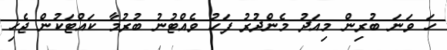
ހަ ވަނަ ބުރިން މިއަދު މެންދުރު ފަހު ވެއްޓުނު ބުރުމާ ކައްޓަކުން ޖެހި